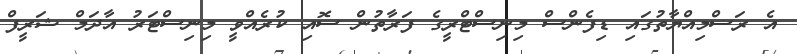
އެ ރަސްމިއްޔާތުގައި ޑިފެންސް މިނިސްޓްރީގެ ފަރާތުން ސޮއި ކުރެއްވީ މިނިސްޓަރު އާދަމް ޝަރީފް